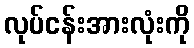
လုပ်ငန်းအားလုံးကို